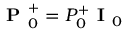
\textbf { P } _ { 0 } ^ { + } = P _ { 0 } ^ { + } \textbf { I } _ { 0 }